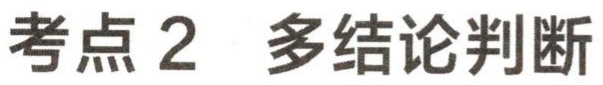
考点 2 多结论判断